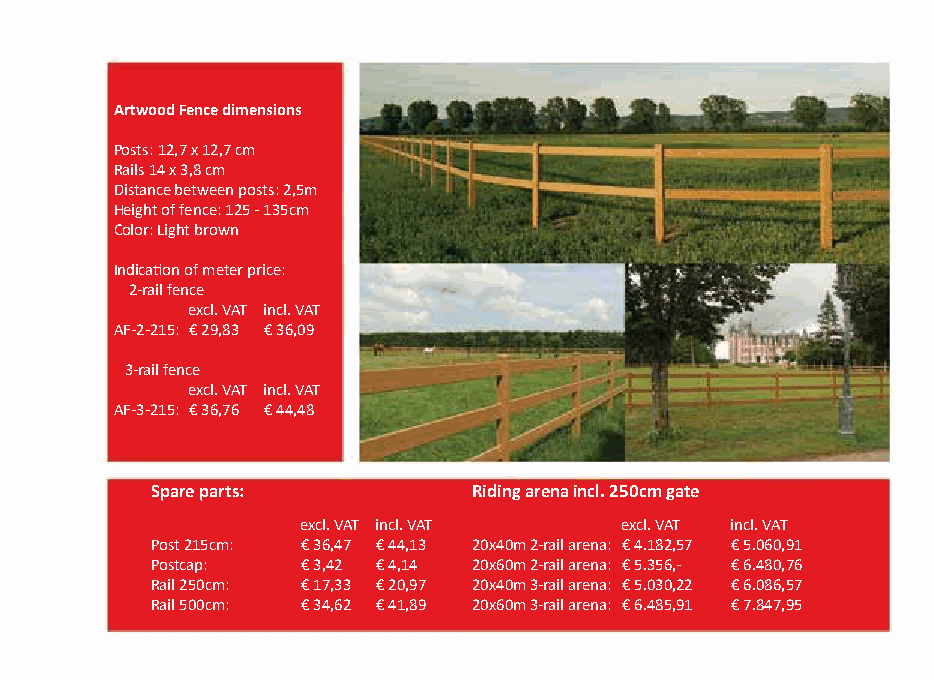
Artwood Fence dimensions
 Posts: 12,7 x 12,7 cm
 Rails 14 x 3,8 cm
 Distance between posts: 2,5m
 Height of fence: 125 - 135cm
 Color: Light brown
 Indication of meter price:
 2-rail fence
 excl. VAT incl. VAT
 AF-2-215: € 29,83 € 36,09
 3-rail fence
 excl. VAT incl. VAT
 AF-3-215: € 36,76 € 44,48
 Spare parts:         Riding arena incl. 250cm gate
 excl. VAT incl. VAT  excl. VAT incl. VAT
 Post 215cm: € 36,47 € 44,13 20x40m 2-rail arena: € 4.182,57 € 5.060,91
 Postcap:  € 3,42 € 4,14 20x60m 2-rail arena: € 5.356,- € 6.480,76
 Rail 250cm: € 17,33 € 20,97 20x40m 3-rail arena: € 5.030,22 € 6.086,57
 Rail 500cm: € 34,62 € 41,89 20x60m 3-rail arena: € 6.485,91 € 7.847,95